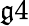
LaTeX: \mathfrak{g}4